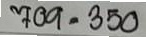
709 = 350